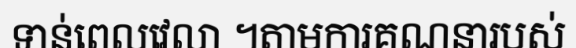
ទាន់ពេលវេលា ។តាមការគណនារបស់